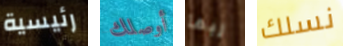
رئيسية أوصلك ربما نسلك